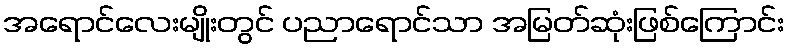
အရောင်လေးမျိုးတွင် ပညာရောင်သာ အမြတ်ဆုံးဖြစ်ကြောင်း